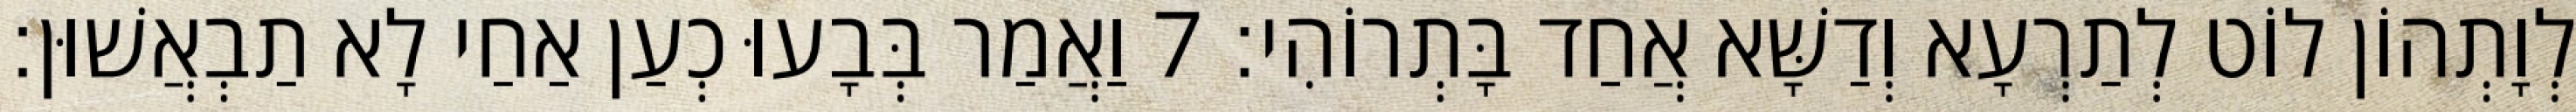
לְוָתְהוֹן לוֹט לְתַרְעָא וְדַשָּׁא אֲחַד בָּתְרוֹהִי׃ 7 וַאֲמַר בְּבָעוּ כְעַן אַחַי לָא תַבְאֲשׁוּן׃